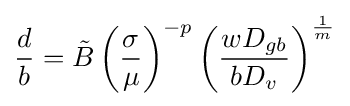
{\frac {d}{b}}={\tilde {B}}\left({\frac {\sigma }{\mu }}\right)^{-p}\left({\frac {wD_{gb}}{bD_{v}}}\right)^{\frac {1}{m}}